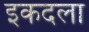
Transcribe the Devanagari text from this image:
इकदला